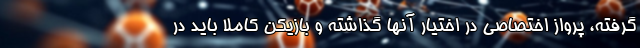
گرفته، پرواز اختصاصی در اختیار آنها گذاشته و بازیکن کاملا باید در